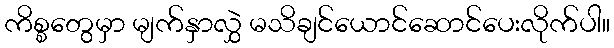
ကိစ္စတွေမှာ မျက်နှာလွှဲ မသိချင်ယောင်ဆောင်ပေးလိုက်ပါ။